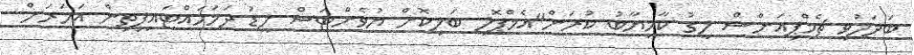
ބަދަލުވީ ޗެމްޕިއަންސް ލީގު ކާމިޔާބު ކުރަން"އެމްޕޮލީ ބަލިކޮށް ޔުވެންޓަސް ލީޑު ދަމަހައްޓައިިފިތިން އަހަރަށް